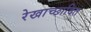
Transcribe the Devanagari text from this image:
रेखाच्छादित